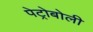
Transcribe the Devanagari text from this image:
पेट्रोबोली